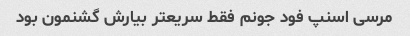
مرسی اسنپ فود جونم فقط سریعتر بیارش گشنمون بود